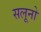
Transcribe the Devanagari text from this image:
सलूनो